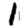
Digit: 1